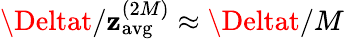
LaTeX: \Deltat/\mathbf{z}_{\mathrm{{{avg}}}}^{(2M)}\approx\Deltat/M